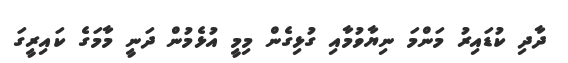
ދާދި ކުޑައިރު މަންމަ ނިޔާވުމާއި ގުޅިގެން މިމީ އުޅެމުން ދަނީ މާމަގެ ކައިރީގަ